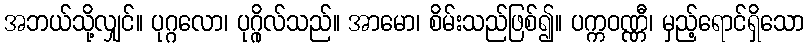
အဘယ်သို့လျှင်။ ပုဂ္ဂလော၊ ပုဂ္ဂိုလ်သည်။ အာမော၊ စိမ်းသည်ဖြစ်၍။ ပက္ကဝဏ္ဏီ၊ မှည့်ရောင်ရှိသော